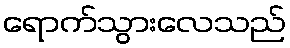
ရောက်သွားလေသည်